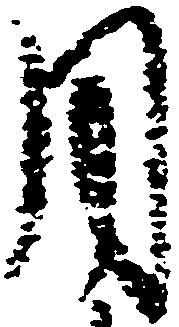
月